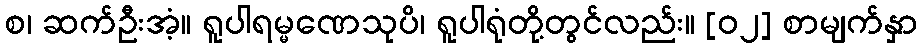
စ၊ ဆက်ဦးအံ့။ ရူပါရမ္မဏေသုပိ၊ ရူပါရုံတို့တွင်လည်း။ [၀၂] စာမျက်နှာ